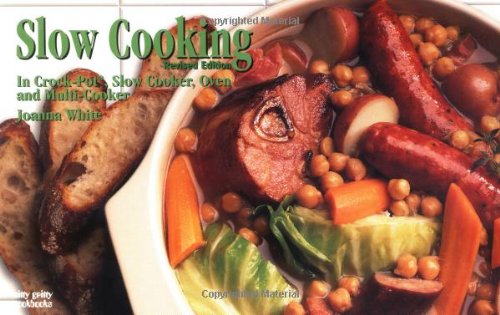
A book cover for Slow Cooking: In Crockpot, Slow Cooker, Oven and Multi-Cooker (Nitty Gritty Cookbooks); Joanna White; Cookbooks, Food & Wine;